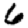
Digit: 6